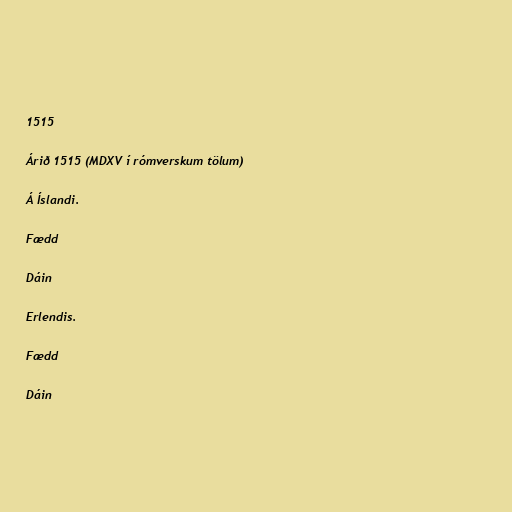
1515

Árið 1515 (MDXV í rómverskum tölum)

Á Íslandi.

Fædd

Dáin

Erlendis.

Fædd

Dáin